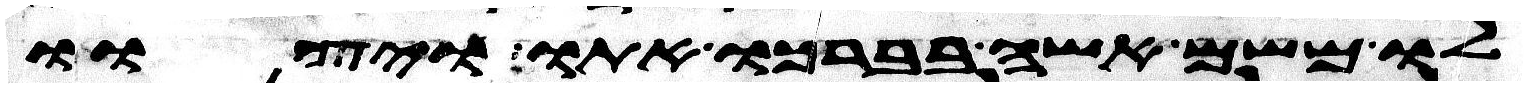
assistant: לו משם אשה בברכו אתו ויצוו